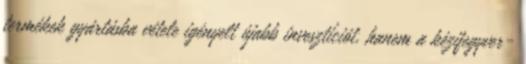
termékek gyártásba vétele igényelt újabb invesztíciót, hanem a kézifegyver-